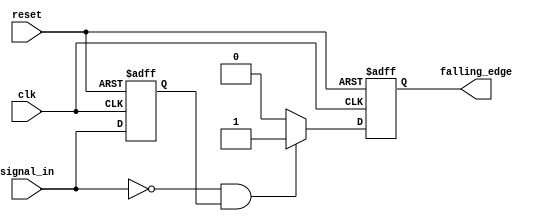
module falling_edge_detector (
    input wire clk,              // Clock input
    input wire reset,            // Reset input
    input wire signal_in,        // Input signal to monitor
    output reg falling_edge      // Output signal indicating falling edge
);

    reg previous_state;          // Register to store the previous state of the input signal

    // Always block triggered on the falling edge of the clock or reset
    always @(posedge clk or posedge reset) begin
        if (reset) begin
            previous_state <= 1'b0; // Initialize previous state to 0 on reset
            falling_edge <= 1'b0;    // Initialize falling edge output to 0
        end else begin
            // Detect falling edge
            if (signal_in == 1'b0 && previous_state == 1'b1) begin
                falling_edge <= 1'b1; // Set falling edge high
            end else begin
                falling_edge <= 1'b0;  // Set falling edge low
            end
            
            // Update previous state with current state
            previous_state <= signal_in;
        end
    end

endmodule